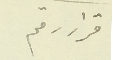
قرار رقم